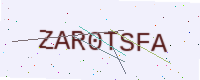
Text: ZAR0TSFA